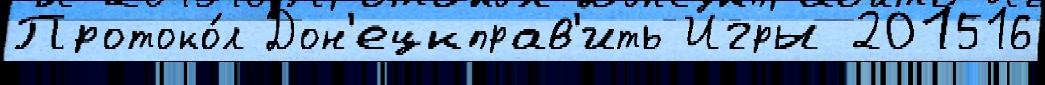
Протоко́л Дон'ецкправ'ить Игры 201516